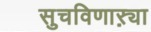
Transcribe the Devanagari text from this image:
सुचविणाऱ्या